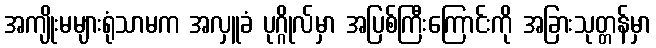
အကျိုးမများရုံသာမက အလှူခံ ပုဂ္ဂိုလ်မှာ အပြစ်ကြီးကြောင်းကို အခြားသုတ္တန်မှာ